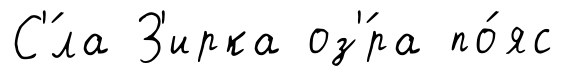
С'́ла З'ирка оз'́ра по́яс